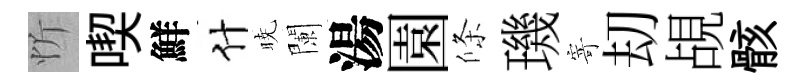
忻喫鮮什暁闌湯園條璣寄刧覘骸